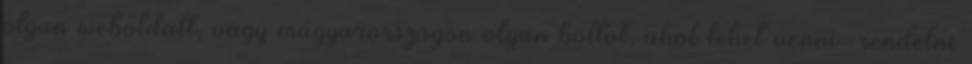
olyan weboldalt, vagy magyarországon olyan boltot, ahol lehet venni rendelni